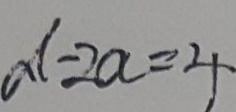
d - 2 a = 4